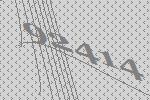
92414